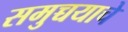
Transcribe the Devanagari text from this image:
समुच्चयाचे